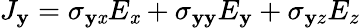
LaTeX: J_{\mathbf{y}}=\sigma_{\mathbf{y}\mathit{x}}E_{\mathit{x}}+\sigma_{\mathbf{y}\mathbf{y}}E_{\mathbf{y}}+\sigma_{\mathbf{y}z}E_{z}